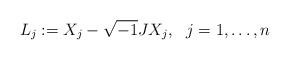
LaTeX: \begin{align*} L_j:= X_j - \sqrt{-1} JX_j , ~~j=1, \ldots, n \end{align*}